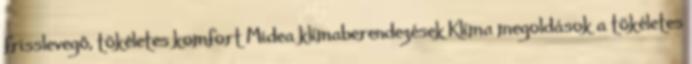
frisslevegő, tökéletes komfort Midea klímaberendezések Klíma megoldások a tökéletes